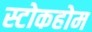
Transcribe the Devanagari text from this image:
स्टोकहोम